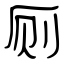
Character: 厕